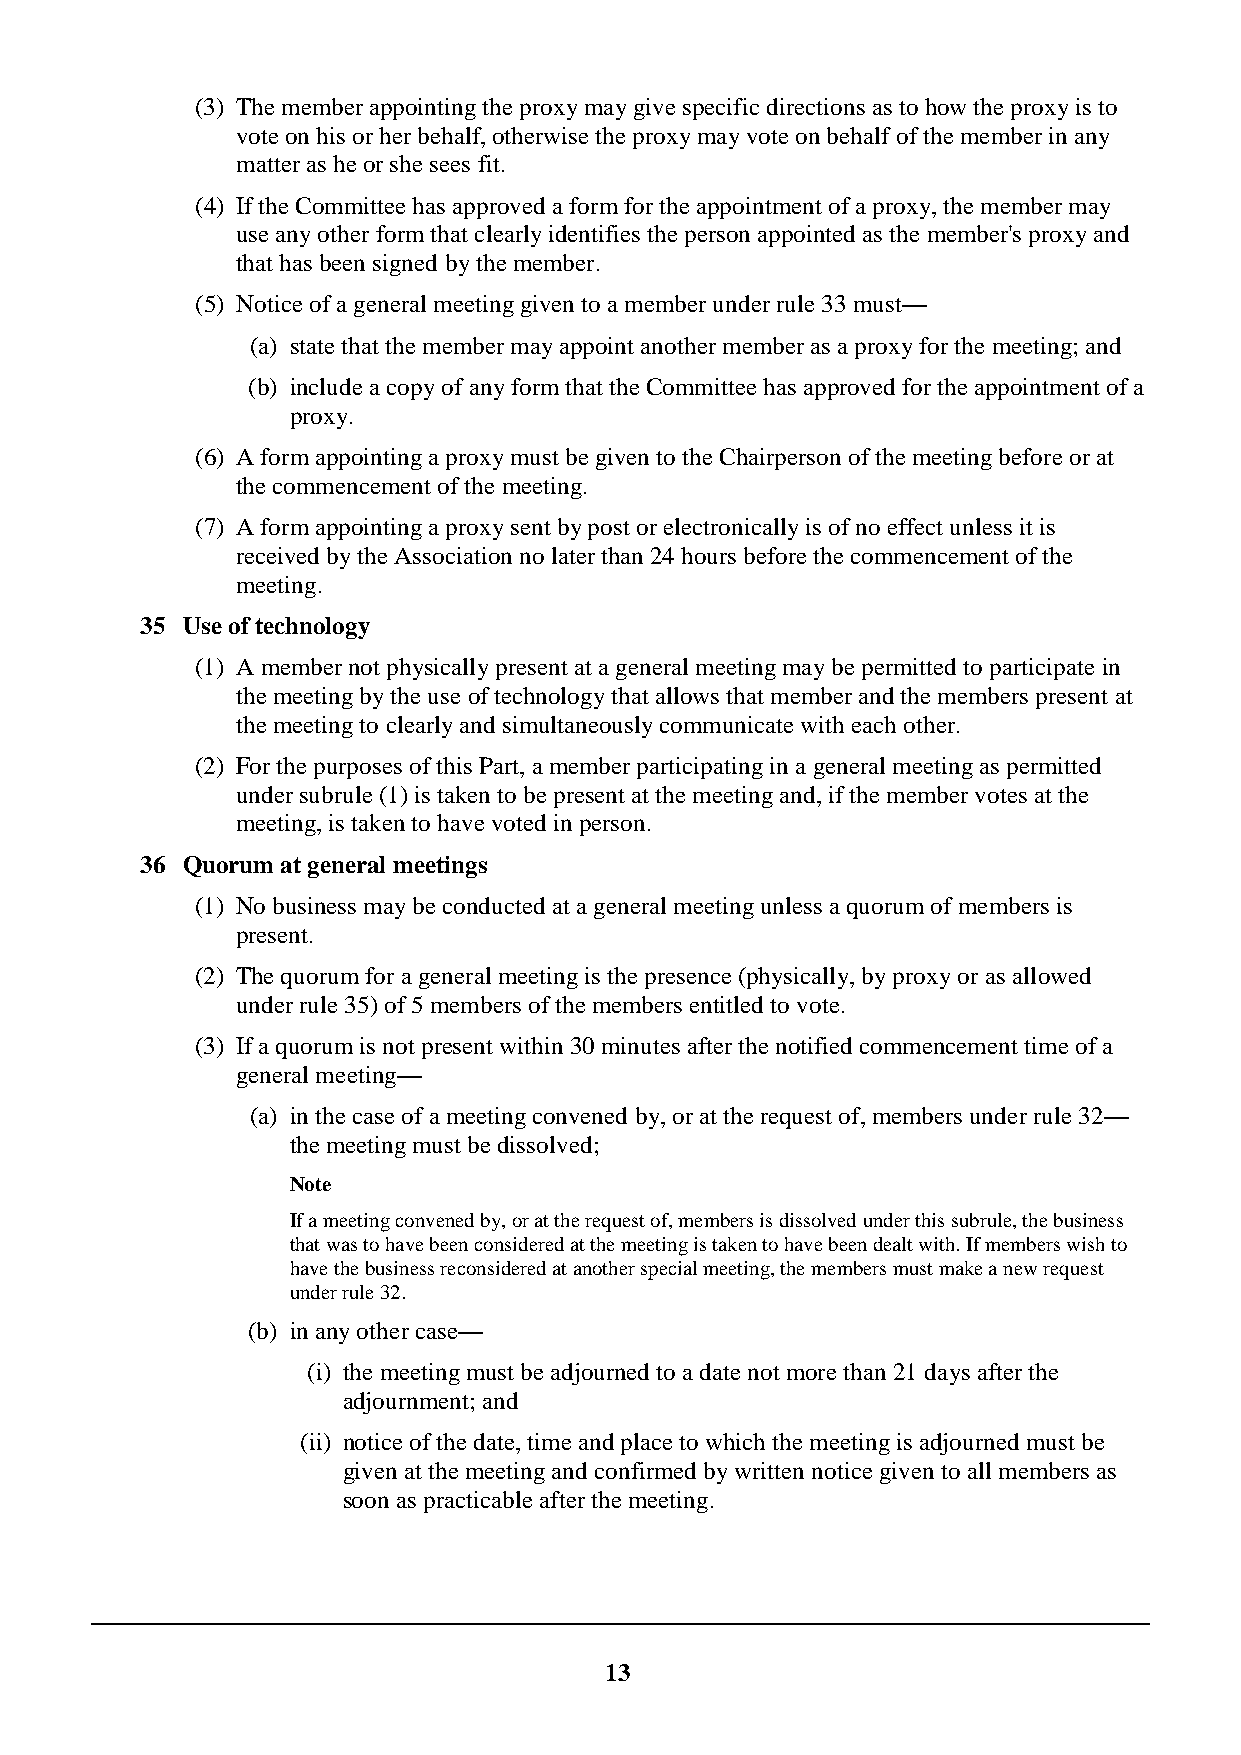
(3) The member appointing the proxy may give specific directions as to how the proxy is to
 vote on his or her behalf, otherwise the proxy may vote on behalf of the member in any
 matter as he or she sees fit.
 (4) If the Committee has approved a form for the appointment of a proxy, the member may
 use any other form that clearly identifies the person appointed as the member's proxy and
 that has been signed by the member.
 (5) Notice of a general meeting given to a member under rule 33 must—
 (a) state that the member may appoint another member as a proxy for the meeting; and
 (b) include a copy of any form that the Committee has approved for the appointment of a
 proxy.
 (6) A form appointing a proxy must be given to the Chairperson of the meeting before or at
 the commencement of the meeting.
 (7) A form appointing a proxy sent by post or electronically is of no effect unless it is
 received by the Association no later than 24 hours before the commencement of the
 meeting.
 35 Use of technology
 (1) A member not physically present at a general meeting may be permitted to participate in
 the meeting by the use of technology that allows that member and the members present at
 the meeting to clearly and simultaneously communicate with each other.
 (2) For the purposes of this Part, a member participating in a general meeting as permitted
 under subrule (1) is taken to be present at the meeting and, if the member votes at the
 meeting, is taken to have voted in person.
 36 Quorum at general meetings
 (1) No business may be conducted at a general meeting unless a quorum of members is
 present.
 (2) The quorum for a general meeting is the presence (physically, by proxy or as allowed
 under rule 35) of 5 members of the members entitled to vote.
 (3) If a quorum is not present within 30 minutes after the notified commencement time of a
 general meeting—
 (a) in the case of a meeting convened by, or at the request of, members under rule 32—
 the meeting must be dissolved;
 Note
 If a meeting convened by, or at the request of, members is dissolved under this subrule, the business
 that was to have been considered at the meeting is taken to have been dealt with. If members wish to
 have the business reconsidered at another special meeting, the members must make a new request
 under rule 32.
 (b) in any other case—
 (i) the meeting must be adjourned to a date not more than 21 days after the
 adjournment; and
 (ii) notice of the date, time and place to which the meeting is adjourned must be
 given at the meeting and confirmed by written notice given to all members as
 soon as practicable after the meeting.
 13